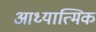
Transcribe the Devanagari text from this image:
आध्यात्‍मिक